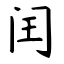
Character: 闰